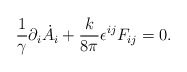
\begin{align*}\frac{1}{\gamma}\partial_i\dot A_i +\frac{k}{8\pi}\epsilon^{ij}F_{ij}=0.\end{align*}